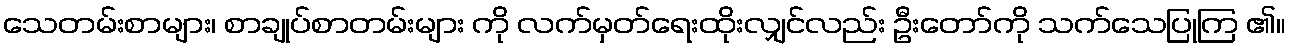
သေတမ်းစာများ၊ စာချုပ်စာတမ်းများ ကို လက်မှတ်ရေးထိုးလျှင်လည်း ဦးတော်ကို သက်သေပြုကြ ၏။